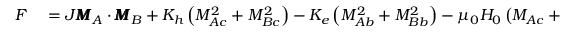
\begin{array} { r l } { F } & { { } = J \pmb { M } _ { A } \cdot \pmb { M } _ { B } + K _ { h } \left( M _ { A c } ^ { 2 } + M _ { B c } ^ { 2 } \right) - K _ { e } \left( M _ { A b } ^ { 2 } + M _ { B b } ^ { 2 } \right) - \mu _ { 0 } H _ { 0 } \left( M _ { A c } + M _ { B c } \right) , } \end{array}